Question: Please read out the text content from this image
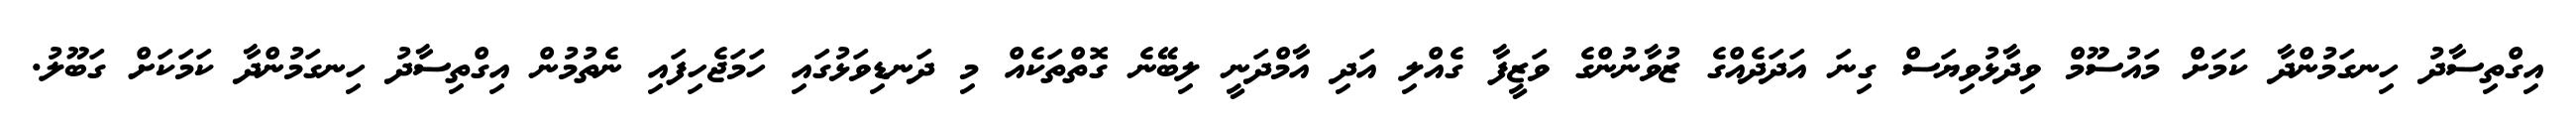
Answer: އިގްތިސާދު ހިނގަމުންދާ ކަމަށް މައުސޫމް ވިދާޅުވިޔަސް ގިނަ އަދަދެއްގެ ޒުވާނުންގެ ވަޒީފާ ގެއްލި އަދި އާމްދަނީ ލިބޭނެ ގޮތްތަކެއް މި ދަނޑިވަޅުގައި ހަމަޖެހިފައި ނެތުމުން އިގްތިސާދު ހިނގަމުންދާ ކަމަކަށް ގަބޫލު.